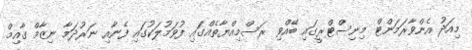
މިއަދު އެންވާރަމަންޓް މިނިސްޓްރީގައި ބޭއްވި ރަސްމިއްޔާތެއްގައި ފުވަމުލަކުގައި ފެނާއި ނަރުދަމާ ނިޒާމް ގާއިމް